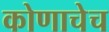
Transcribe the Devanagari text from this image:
कोणाचेच